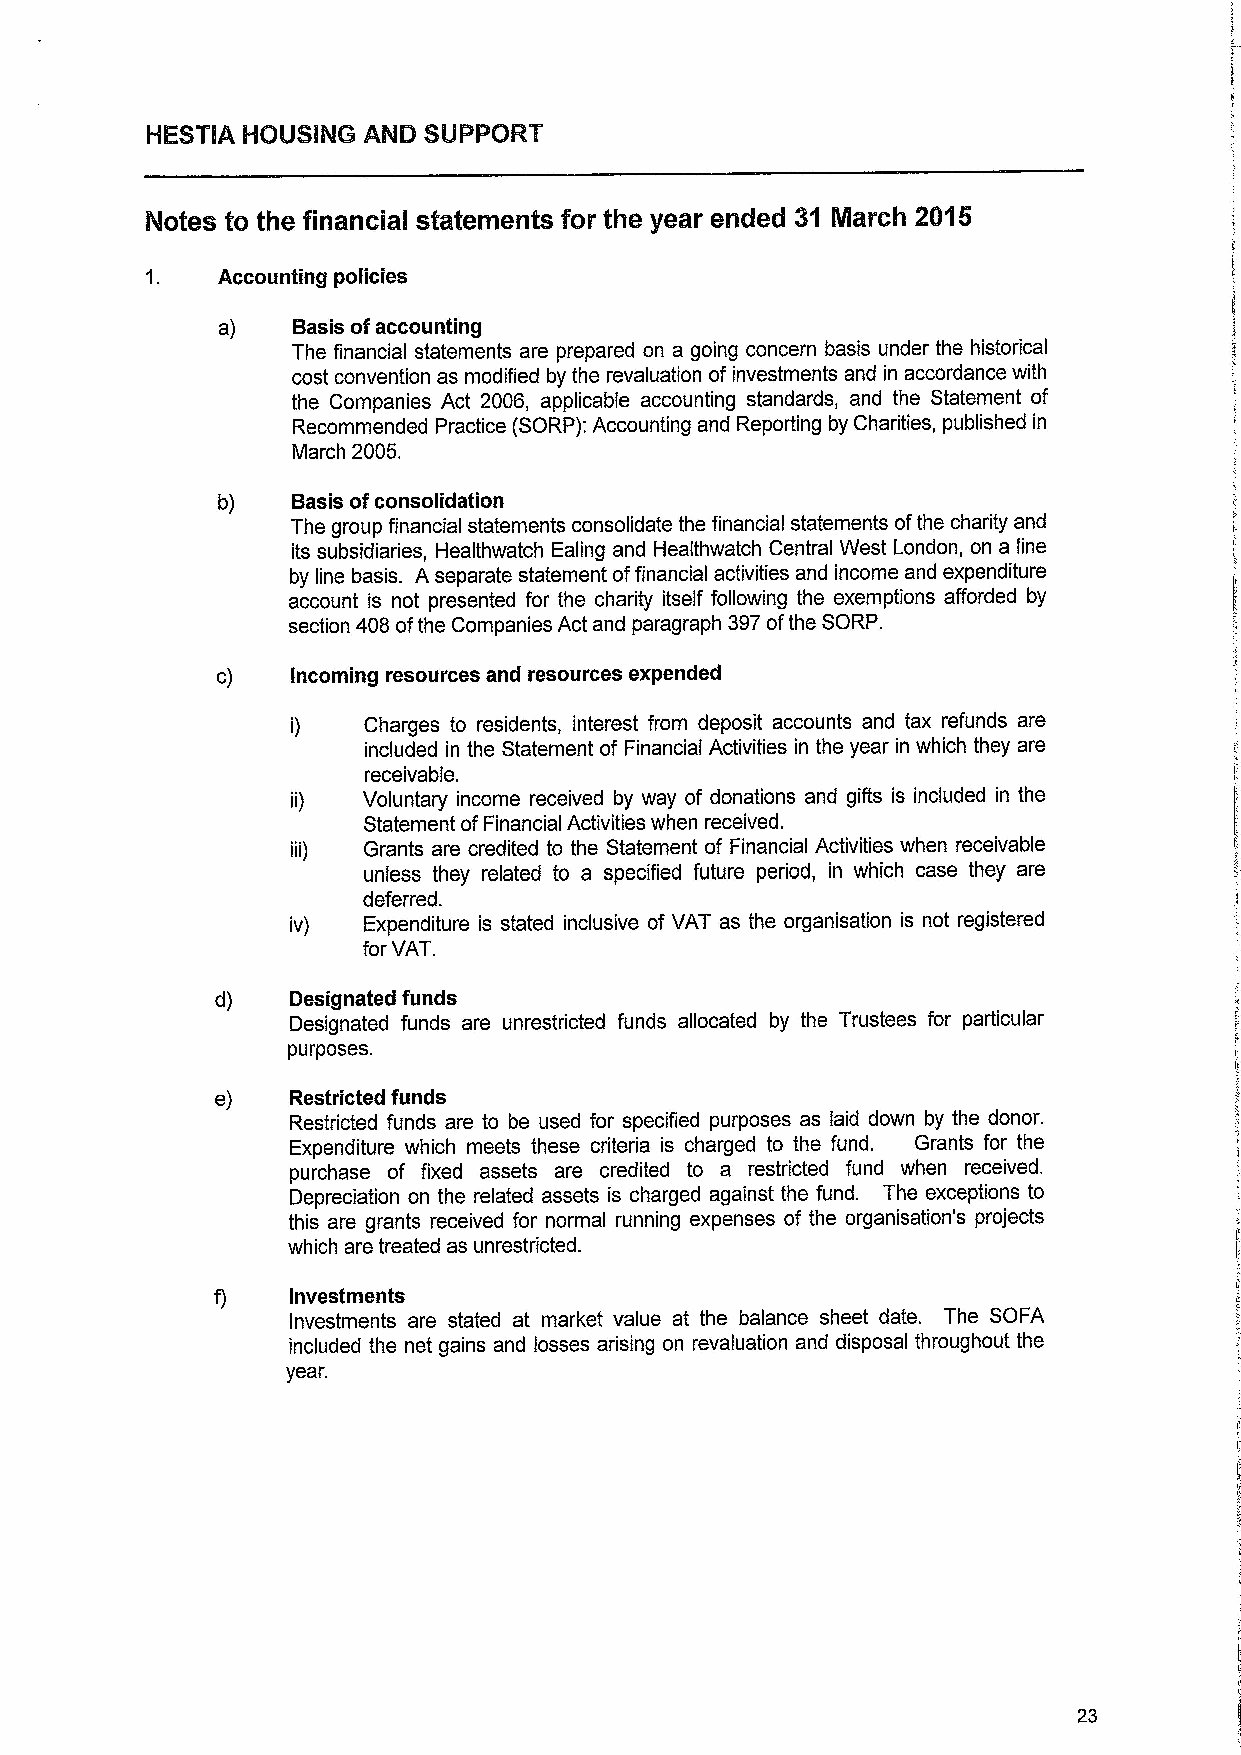
Notes to the financial statements for the year ended 31 ilarch 20'is
 Accounting policies
 a)   Basis ofaccounting
 The financial statements are prepared on a going concern basis under the historical
 cost convention as modified by the revaluation ofinvestments and in accordance with
 the Companies Act 2006, applicable accounting standards, and the Statement of
 Recommended Practice (SORP):Accounting and Reporting by Charities, published in
 March 2005.
 b)   Basis ofconsolidation
 The group financial statements consolidate the financial statements ofthe charity and
 its subsidiaries, Healthwatch Ealing and Healthwatch Central West London, on a line
 by line basis. A separate statement offinancial activities and income and expenditure
 account is not presented for the charity itself following the exemptions afforded by
 section 408ofthe Companies Act and paragraph 397ofthe SORP.
 c)   Incoming resources and resources expended
 Charges to residents, interest from deposit accounts and tax refunds are
 included in the Statement of Financial Activities in the year in which they are
 receivable.
 Voluntary income received by way of donations and gifts is included in the
 Statement ofFinancial Activities when received.
 Grants are credited to the Statement of Financial Activities when receivable
 unless they related to a specified future period, in which case they are
 deferred.
 iv)  Expenditure is stated inclusive of VAT as the organisation is not registered
 forVAT.
 d)   Designated funds
 Designated funds are unrestricted funds allocated by the Trustees for particular
 purposes.
 e)   Restricted funds
 Restricted funds are to be used for specified purposes as laid down by the donor.
 Expenditure which meets these criteria is charged to the fund. Grants for the
 purchase of fixed assets are credited to a restricted fund when received.
 Depreciation on the related assets is charged against the fund. The exceptions to
 this are grants received for normal running expenses of the organisation's projects
 which are treated as unrestricted.
 f)   Investments
 investments are stated at market value at the balance sheet date. The SOFA
 included the net gains and losses arising on revaluation and disposal throughout the
 year.
 23